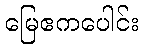
မြေဧကပေါင်း